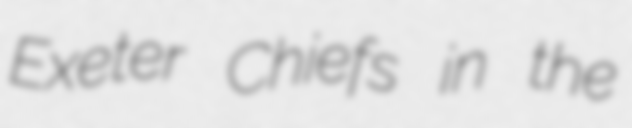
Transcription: Exeter Chiefs in the